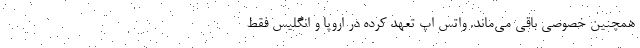
همچنین خصوصی باقی می‌ماند. واتس اپ تعهد کرده در اروپا و انگلیس فقط